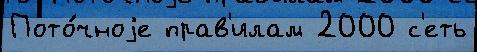
Пото́чноjе прав'илам 2000 с'еть